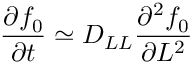
\frac { \partial f _ { 0 } } { \partial t } \simeq D _ { L L } \frac { \partial ^ { 2 } f _ { 0 } } { \partial L ^ { 2 } }